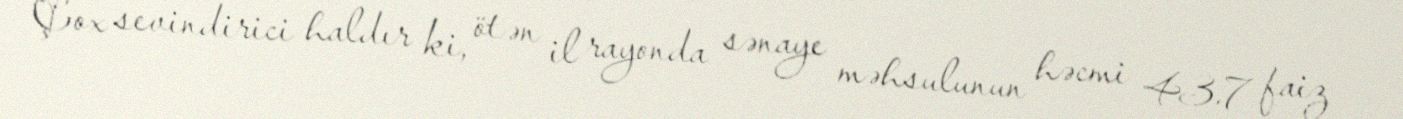
Çox sevindirici haldır ki, ötən il rayonda sənaye məhsulunun həcmi 43.7 faiz